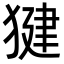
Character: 𭸠